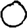
Digit: 0